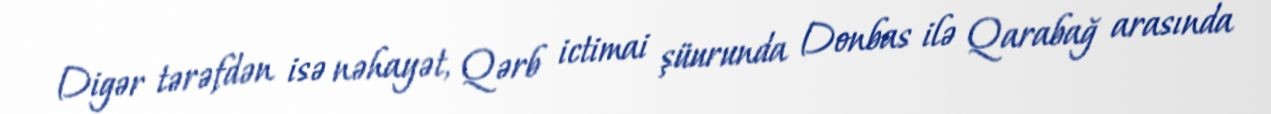
Digər tərəfdən isə nəhayət, Qərb ictimai şüurunda Donbas ilə Qarabağ arasında